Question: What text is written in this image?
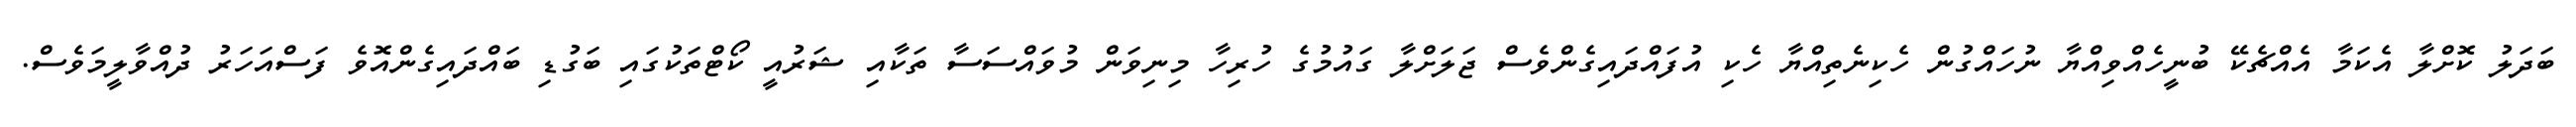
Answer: ބަދަލު ކޮށްލާ އެކަމާ އެއްޗެކޭ ބުނީހެއްވިއްޔާ ނުހައްގުން ހެކިނެތިއްޔާ ހެކި އުފައްދައިގެންވެސް ޖަލަށްލާ ގައުމުގެ ހުރިހާ މިނިވަން މުވައްސަސާ ތަކާއި ޝަރުއީ ކޯޓްތަކުގައި ބަގުޑި ބައްދައިގެންއޮވެ ފަސްއަހަރު ދުއްވާލީމަވެސް.